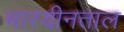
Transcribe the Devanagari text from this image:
मारयीनताल